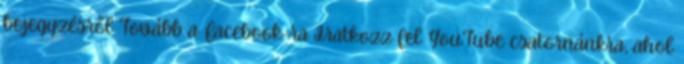
bejegyzésről Tovább a Facebook-ra Iratkozz fel YouTube csatornánkra, ahol